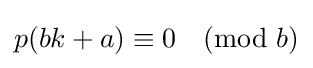
p(bk+a)\equiv 0{\pmod {b}}